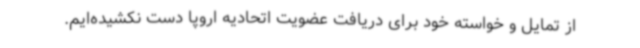
از تمایل و خواسته خود برای دریافت عضویت اتحادیه اروپا دست نکشیده‌ایم.